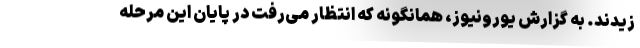
زیدند. به گزارش یورونیوز، همانگونه که انتظار می‌رفت در پایان این مرحله